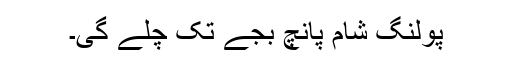
پولنگ شام پانچ بجے تک چلے گی۔